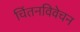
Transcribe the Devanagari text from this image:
चिंतनविवेचन